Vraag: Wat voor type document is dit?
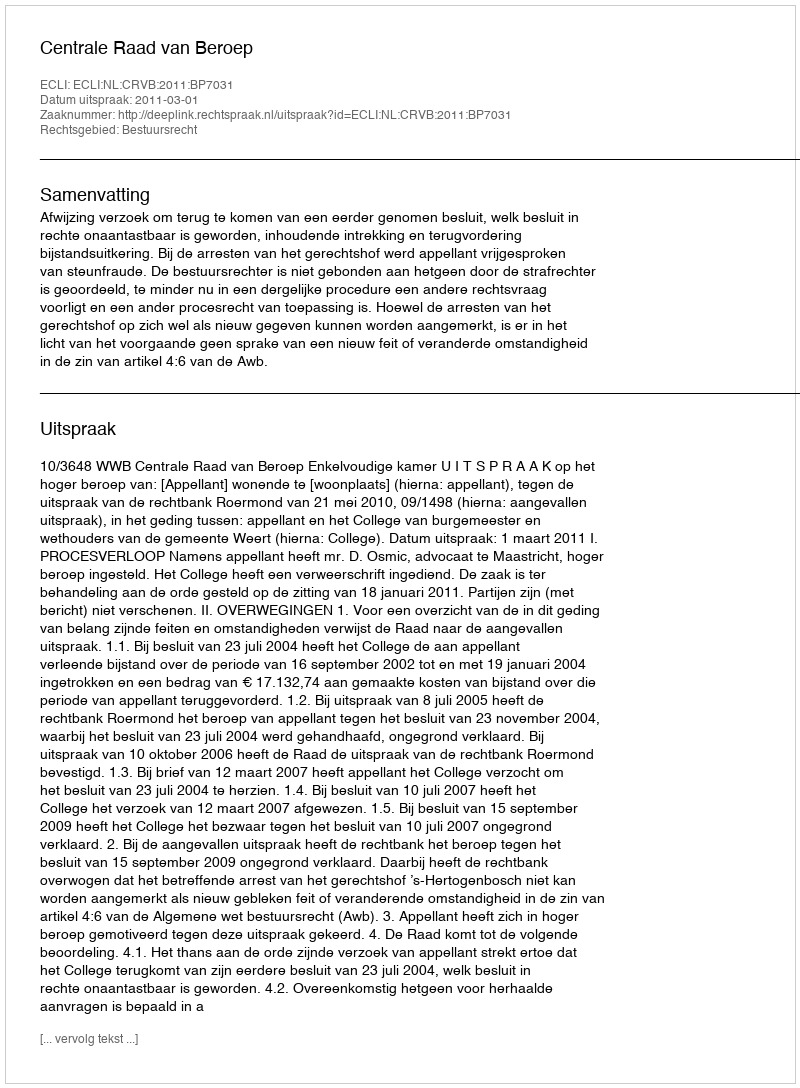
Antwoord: Uitspraak